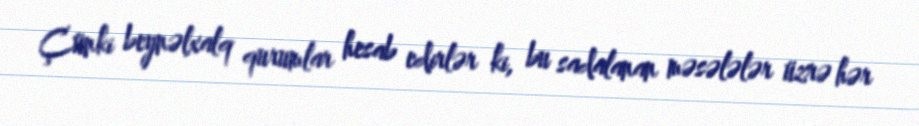
Çünki beynəlxalq qurumlar hesab edirlər ki, bu sadalanan məsələlər üzrə hər